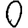
Digit: 0